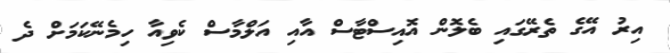
އިރު އޭގެ ތެރޭގައި ބެލޮން އޮއިސްޓާސް އާއި އަލްމާސް ކެވިއާ ހިމެނޭކަމަށް ދެ